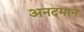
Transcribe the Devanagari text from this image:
अनदमान